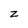
Character: z